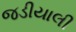
જડીયાલી